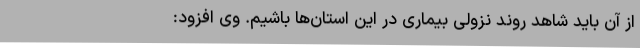
از آن باید شاهد روند نزولی بیماری در این استان‌ها باشیم‌. وی افزود: